Report on the lunatic asylums under the Government of Bombay - 1904-1913
Year: 1904
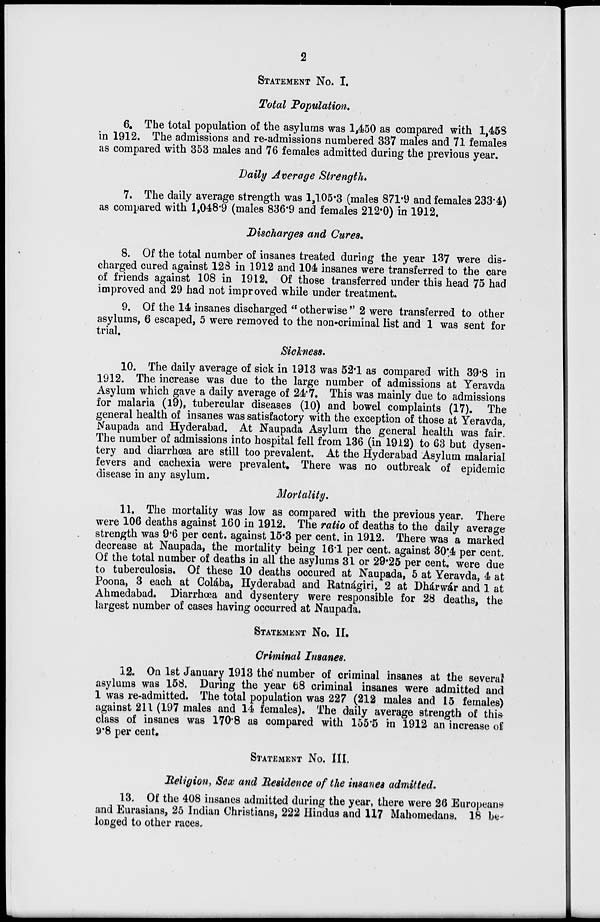
2
STATEMENT No. I.
Total Population.
6. The total population of the asylums was 1,450 as compared with 1,458
in 1912. The admissions and re-admissions numbered 337 males and 71 females
as compared with 353 males and 76 females admitted during the previous year.
Daily Average Strength.
7. The daily average strength was 1,105.3 (males 871.9 and females 233.4)
as compared with 1,048.9 (males 836.9 and females 212.0) in 1912.
Discharges and Cures.
8. Of the total number of insanes treated during the year 137 were dis-
charged cured against 128 in 1912 and 104 insanes were transferred to the care
of friends against 108 in 1912. Of those transferred under this head 75 had
improved and 29 had not improved while under treatment.
9. Of the 14 insanes discharged " otherwise " 2 were transferred to other
asylums, 6 escaped, 5 were removed to the non-criminal list and 1 was sent for
trial.
Sickness.
10. The daily average of sick in 1913 was 52.1 as compared with 39.8 in
1912. The increase was due to the large number of admissions at Yeravda
Asylum which gave a daily average of 24.7. This was mainly due to admissions
for malaria (19), tubercular diseases (10) and bowel complaints (17). The
general health of insanes was satisfactory with the exception of those at Yeravda,
Naupada and Hyderabad. At Naupada Asylum the general health was fair.
The number of admissions into hospital fell from 136 (in 1912) to 63 but dysen-
tery and diarrhœa are still too prevalent. At the Hyderabad Asylum malarial
fevers and cachexia were prevalent. There was no outbreak of epidemic
disease in any asylum.
Mortality.
11. The mortality was low as compared with the previous year. There
were 106 deaths against 160 in 1912. The ratio of deaths to the daily average
strength was 9.6 per cent. against 15.3 per cent. in 1912. There was a marked
decrease at Naupada, the mortality being 16.1 per cent. against 30.4 per cent.
Of the total number of deaths in all the asylums 31 or 29.25 per cent. were due
to tuberculosis. Of these 10 deaths occured at Naupada, 5 at Yeravda, 4 at
Poona, 3 each at Colába, Hyderabad and Ratnágiri, 2 at Dhárwár and 1 at
Ahmedabad. Diarrhœa and dysentery were responsible for 28 deaths, the
largest number of cases having occurred at Naupada.
STATEMENT No. II.
Criminal Insanes.
12. On 1st January 1913 the number of criminal insanes at the several
asylums was 158. During the year 68 criminal insanes were admitted and
1 was re-admitted. The total population was 227 (212 males and 15 females)
against 211 (197 males and 14 females). The daily average strength of this
class of insanes was 170.8 as compared with 155.5 in 1912 an increase of
9.8 per cent.
STATEMENT No. III.
Religion, Sex and Residence of the insanes admitted.
13. Of the 408 insanes admitted during the year, there were 26 Europeans
and Eurasians, 25 Indian Christians, 222 Hindus and 117 Mahomedans. 18 be-
longed to other races.